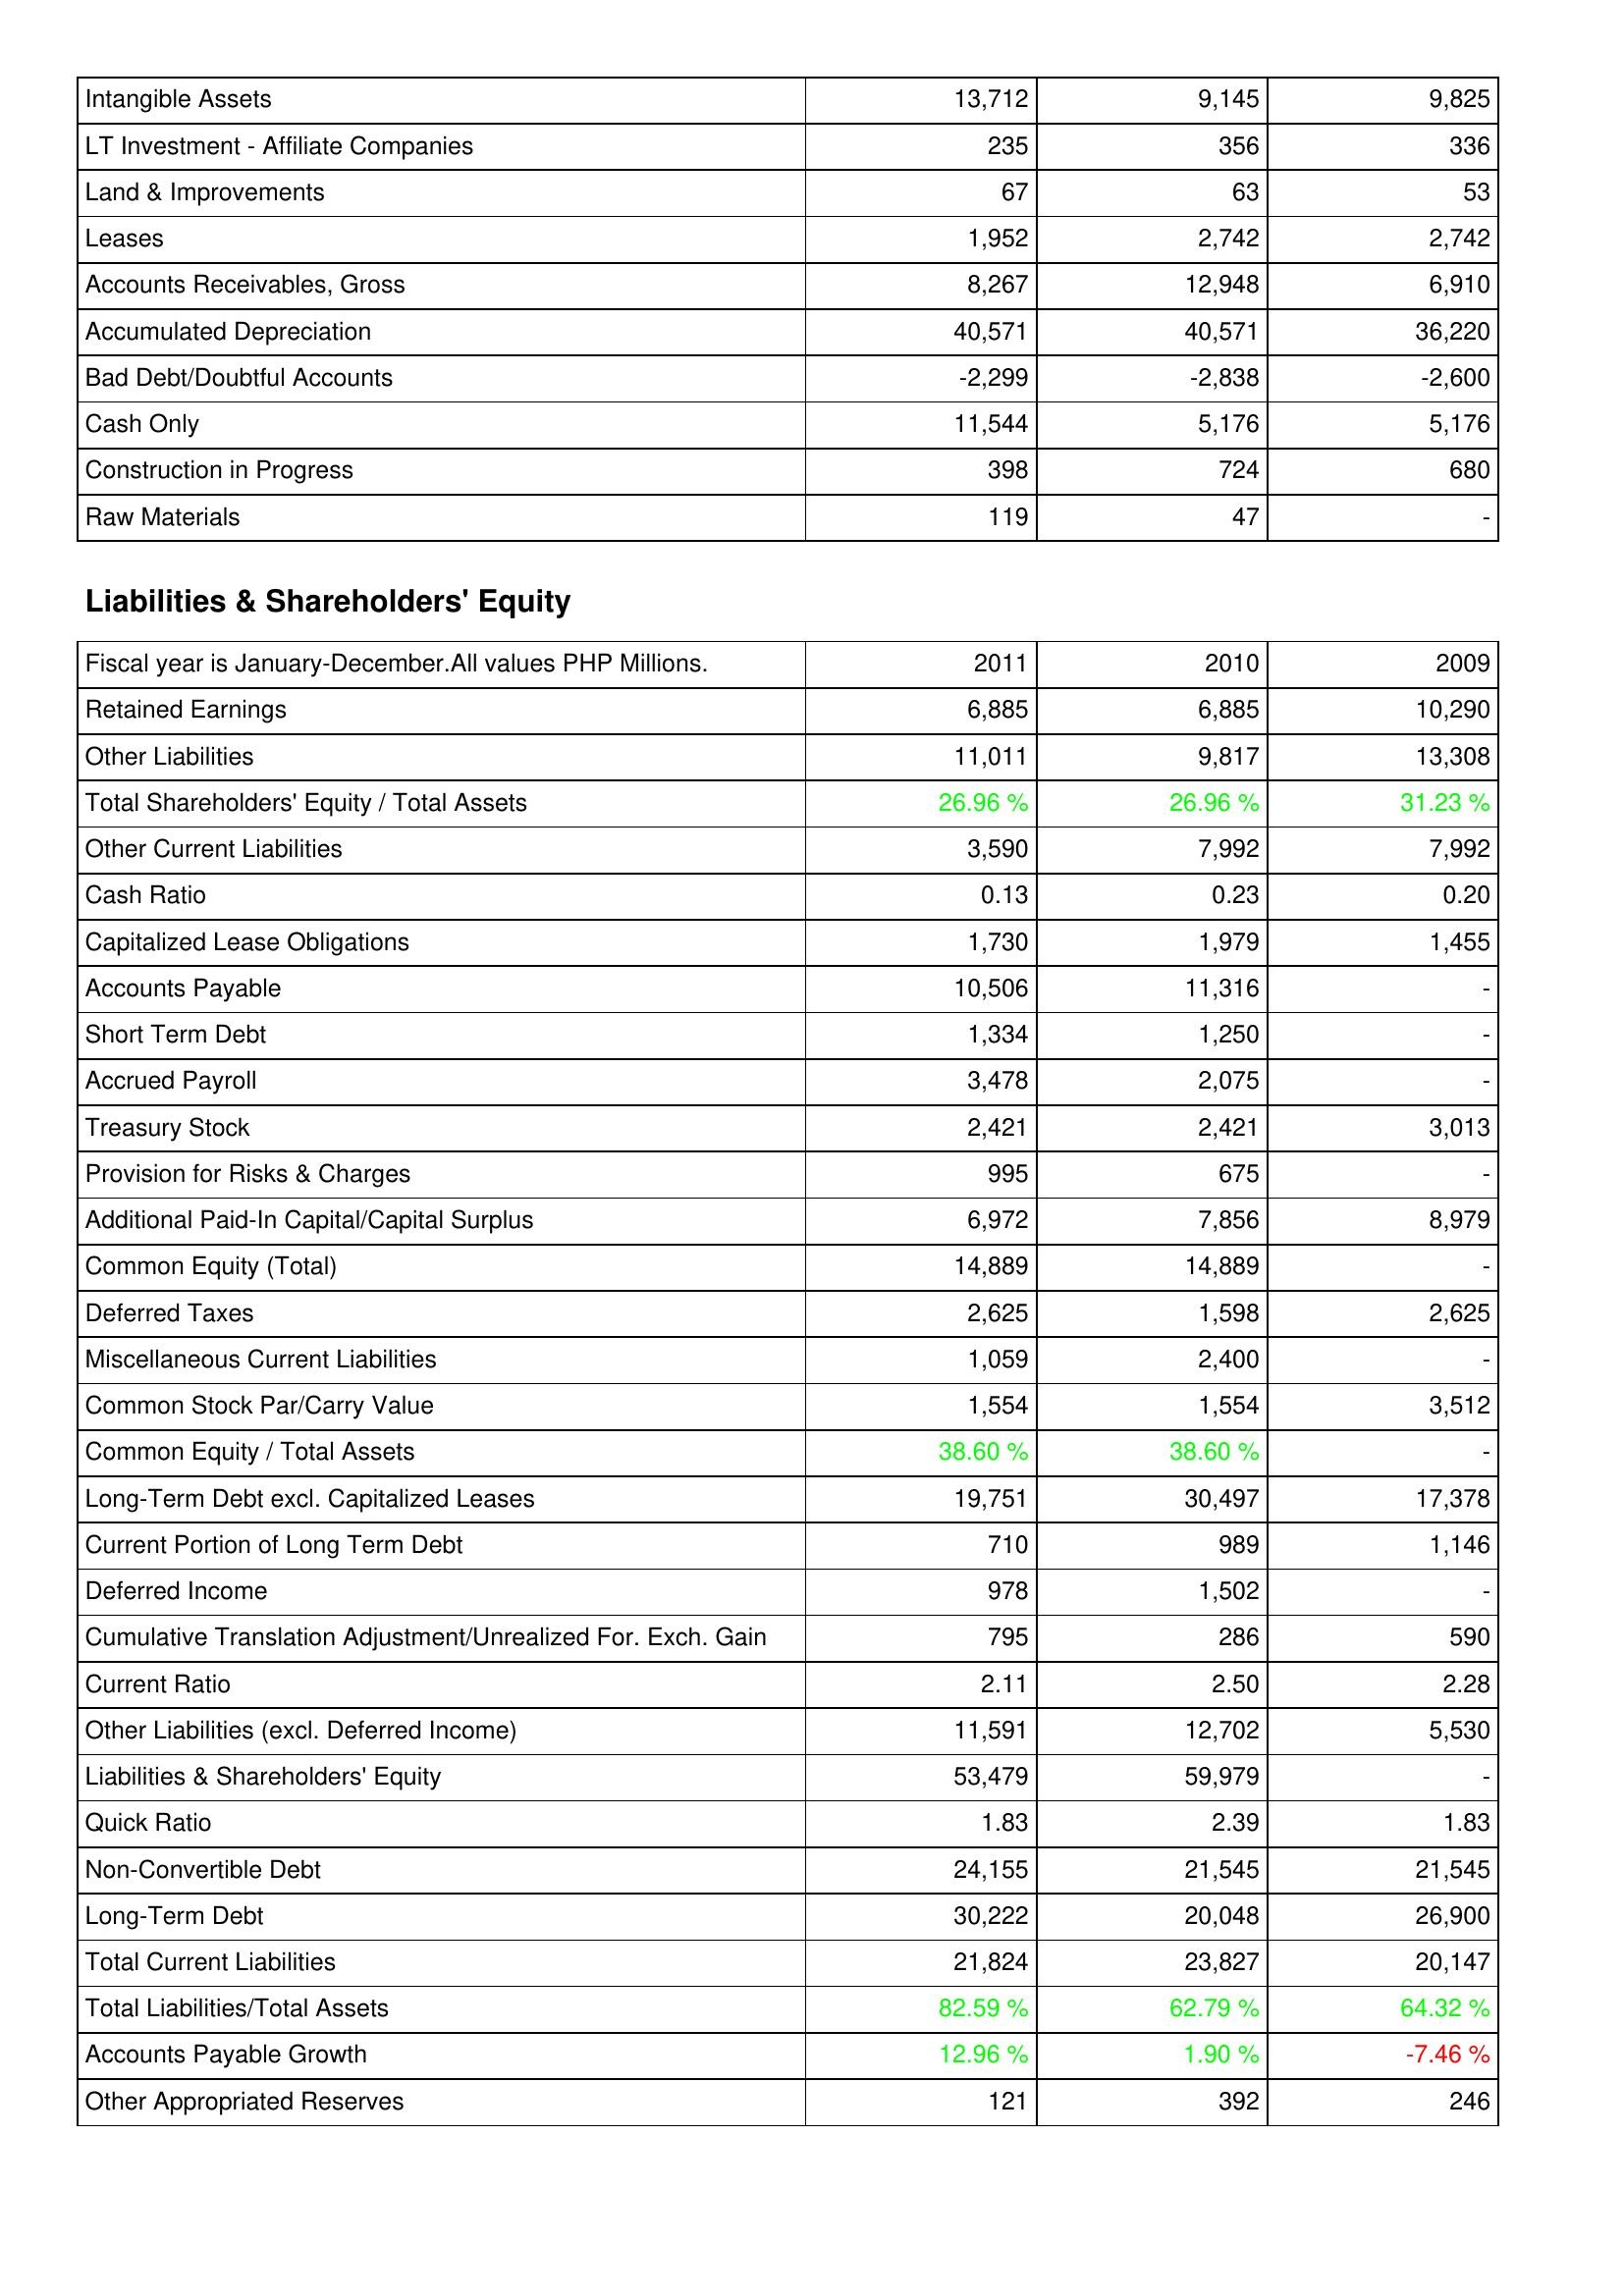
2011: Assets: Intangible Assets: 13,712
LT Investment - Affiliate Companies: 235
Land & Improvements: 67
Leases: 1,952
Accounts Receivables, Gross: 8,267
Accumulated Depreciation: 40,571
Bad Debt/Doubtful Accounts: -2,299
Cash Only: 11,544
Construction in Progress: 398
Raw Materials: 119
Liabilities & Shareholders' Equity: Retained Earnings: 6,885
Other Liabilities: 11,011
Total Shareholders' Equity / Total Assets: 26.96 %
Other Current Liabilities: 3,590
Cash Ratio: 0.13
Capitalized Lease Obligations: 1,730
Accounts Payable: 10,506
Short Term Debt: 1,334
Accrued Payroll: 3,478
Treasury Stock: 2,421
Provision for Risks & Charges: 995
Additional Paid-In Capital/Capital Surplus: 6,972
Common Equity (Total): 14,889
Deferred Taxes: 2,625
Miscellaneous Current Liabilities: 1,059
Common Stock Par/Carry Value: 1,554
Common Equity / Total Assets: 38.60 %
Long-Term Debt excl. Capitalized Leases: 19,751
Current Portion of Long Term Debt: 710
Deferred Income: 978
Cumulative Translation Adjustment/Unrealized For. Exch. Gain: 795
Current Ratio: 2.11
Other Liabilities (excl. Deferred Income): 11,591
Liabilities & Shareholders' Equity: 53,479
Quick Ratio: 1.83
Non-Convertible Debt: 24,155
Long-Term Debt: 30,222
Total Current Liabilities: 21,824
Total Liabilities/Total Assets: 82.59 %
Accounts Payable Growth: 12.96 %
Other Appropriated Reserves: 121
2010: Assets: Intangible Assets: 9,145
LT Investment - Affiliate Companies: 356
Land & Improvements: 63
Leases: 2,742
Accounts Receivables, Gross: 12,948
Accumulated Depreciation: 40,571
Bad Debt/Doubtful Accounts: -2,838
Cash Only: 5,176
Construction in Progress: 724
Raw Materials: 47
Liabilities & Shareholders' Equity: Retained Earnings: 6,885
Other Liabilities: 9,817
Total Shareholders' Equity / Total Assets: 26.96 %
Other Current Liabilities: 7,992
Cash Ratio: 0.23
Capitalized Lease Obligations: 1,979
Accounts Payable: 11,316
Short Term Debt: 1,250
Accrued Payroll: 2,075
Treasury Stock: 2,421
Provision for Risks & Charges: 675
Additional Paid-In Capital/Capital Surplus: 7,856
Common Equity (Total): 14,889
Deferred Taxes: 1,598
Miscellaneous Current Liabilities: 2,400
Common Stock Par/Carry Value: 1,554
Common Equity / Total Assets: 38.60 %
Long-Term Debt excl. Capitalized Leases: 30,497
Current Portion of Long Term Debt: 989
Deferred Income: 1,502
Cumulative Translation Adjustment/Unrealized For. Exch. Gain: 286
Current Ratio: 2.50
Other Liabilities (excl. Deferred Income): 12,702
Liabilities & Shareholders' Equity: 59,979
Quick Ratio: 2.39
Non-Convertible Debt: 21,545
Long-Term Debt: 20,048
Total Current Liabilities: 23,827
Total Liabilities/Total Assets: 62.79 %
Accounts Payable Growth: 1.90 %
Other Appropriated Reserves: 392
2009: Assets: Intangible Assets: 9,825
LT Investment - Affiliate Companies: 336
Land & Improvements: 53
Leases: 2,742
Accounts Receivables, Gross: 6,910
Accumulated Depreciation: 36,220
Bad Debt/Doubtful Accounts: -2,600
Cash Only: 5,176
Construction in Progress: 680
Raw Materials: -
Liabilities & Shareholders' Equity: Retained Earnings: 10,290
Other Liabilities: 13,308
Total Shareholders' Equity / Total Assets: 31.23 %
Other Current Liabilities: 7,992
Cash Ratio: 0.20
Capitalized Lease Obligations: 1,455
Accounts Payable: -
Short Term Debt: -
Accrued Payroll: -
Treasury Stock: 3,013
Provision for Risks & Charges: -
Additional Paid-In Capital/Capital Surplus: 8,979
Common Equity (Total): -
Deferred Taxes: 2,625
Miscellaneous Current Liabilities: -
Common Stock Par/Carry Value: 3,512
Common Equity / Total Assets: -
Long-Term Debt excl. Capitalized Leases: 17,378
Current Portion of Long Term Debt: 1,146
Deferred Income: -
Cumulative Translation Adjustment/Unrealized For. Exch. Gain: 590
Current Ratio: 2.28
Other Liabilities (excl. Deferred Income): 5,530
Liabilities & Shareholders' Equity: -
Quick Ratio: 1.83
Non-Convertible Debt: 21,545
Long-Term Debt: 26,900
Total Current Liabilities: 20,147
Total Liabilities/Total Assets: 64.32 %
Accounts Payable Growth: -7.46 %
Other Appropriated Reserves: 246